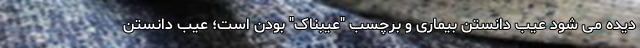
دیده می شود عیب دانستن بیماری و برچسب "عیبناک" بودن است؛ عیب دانستن